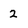
Character: 2